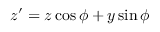
z ^ { \prime } = z \cos \phi + y \sin \phi